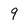
Character: 9